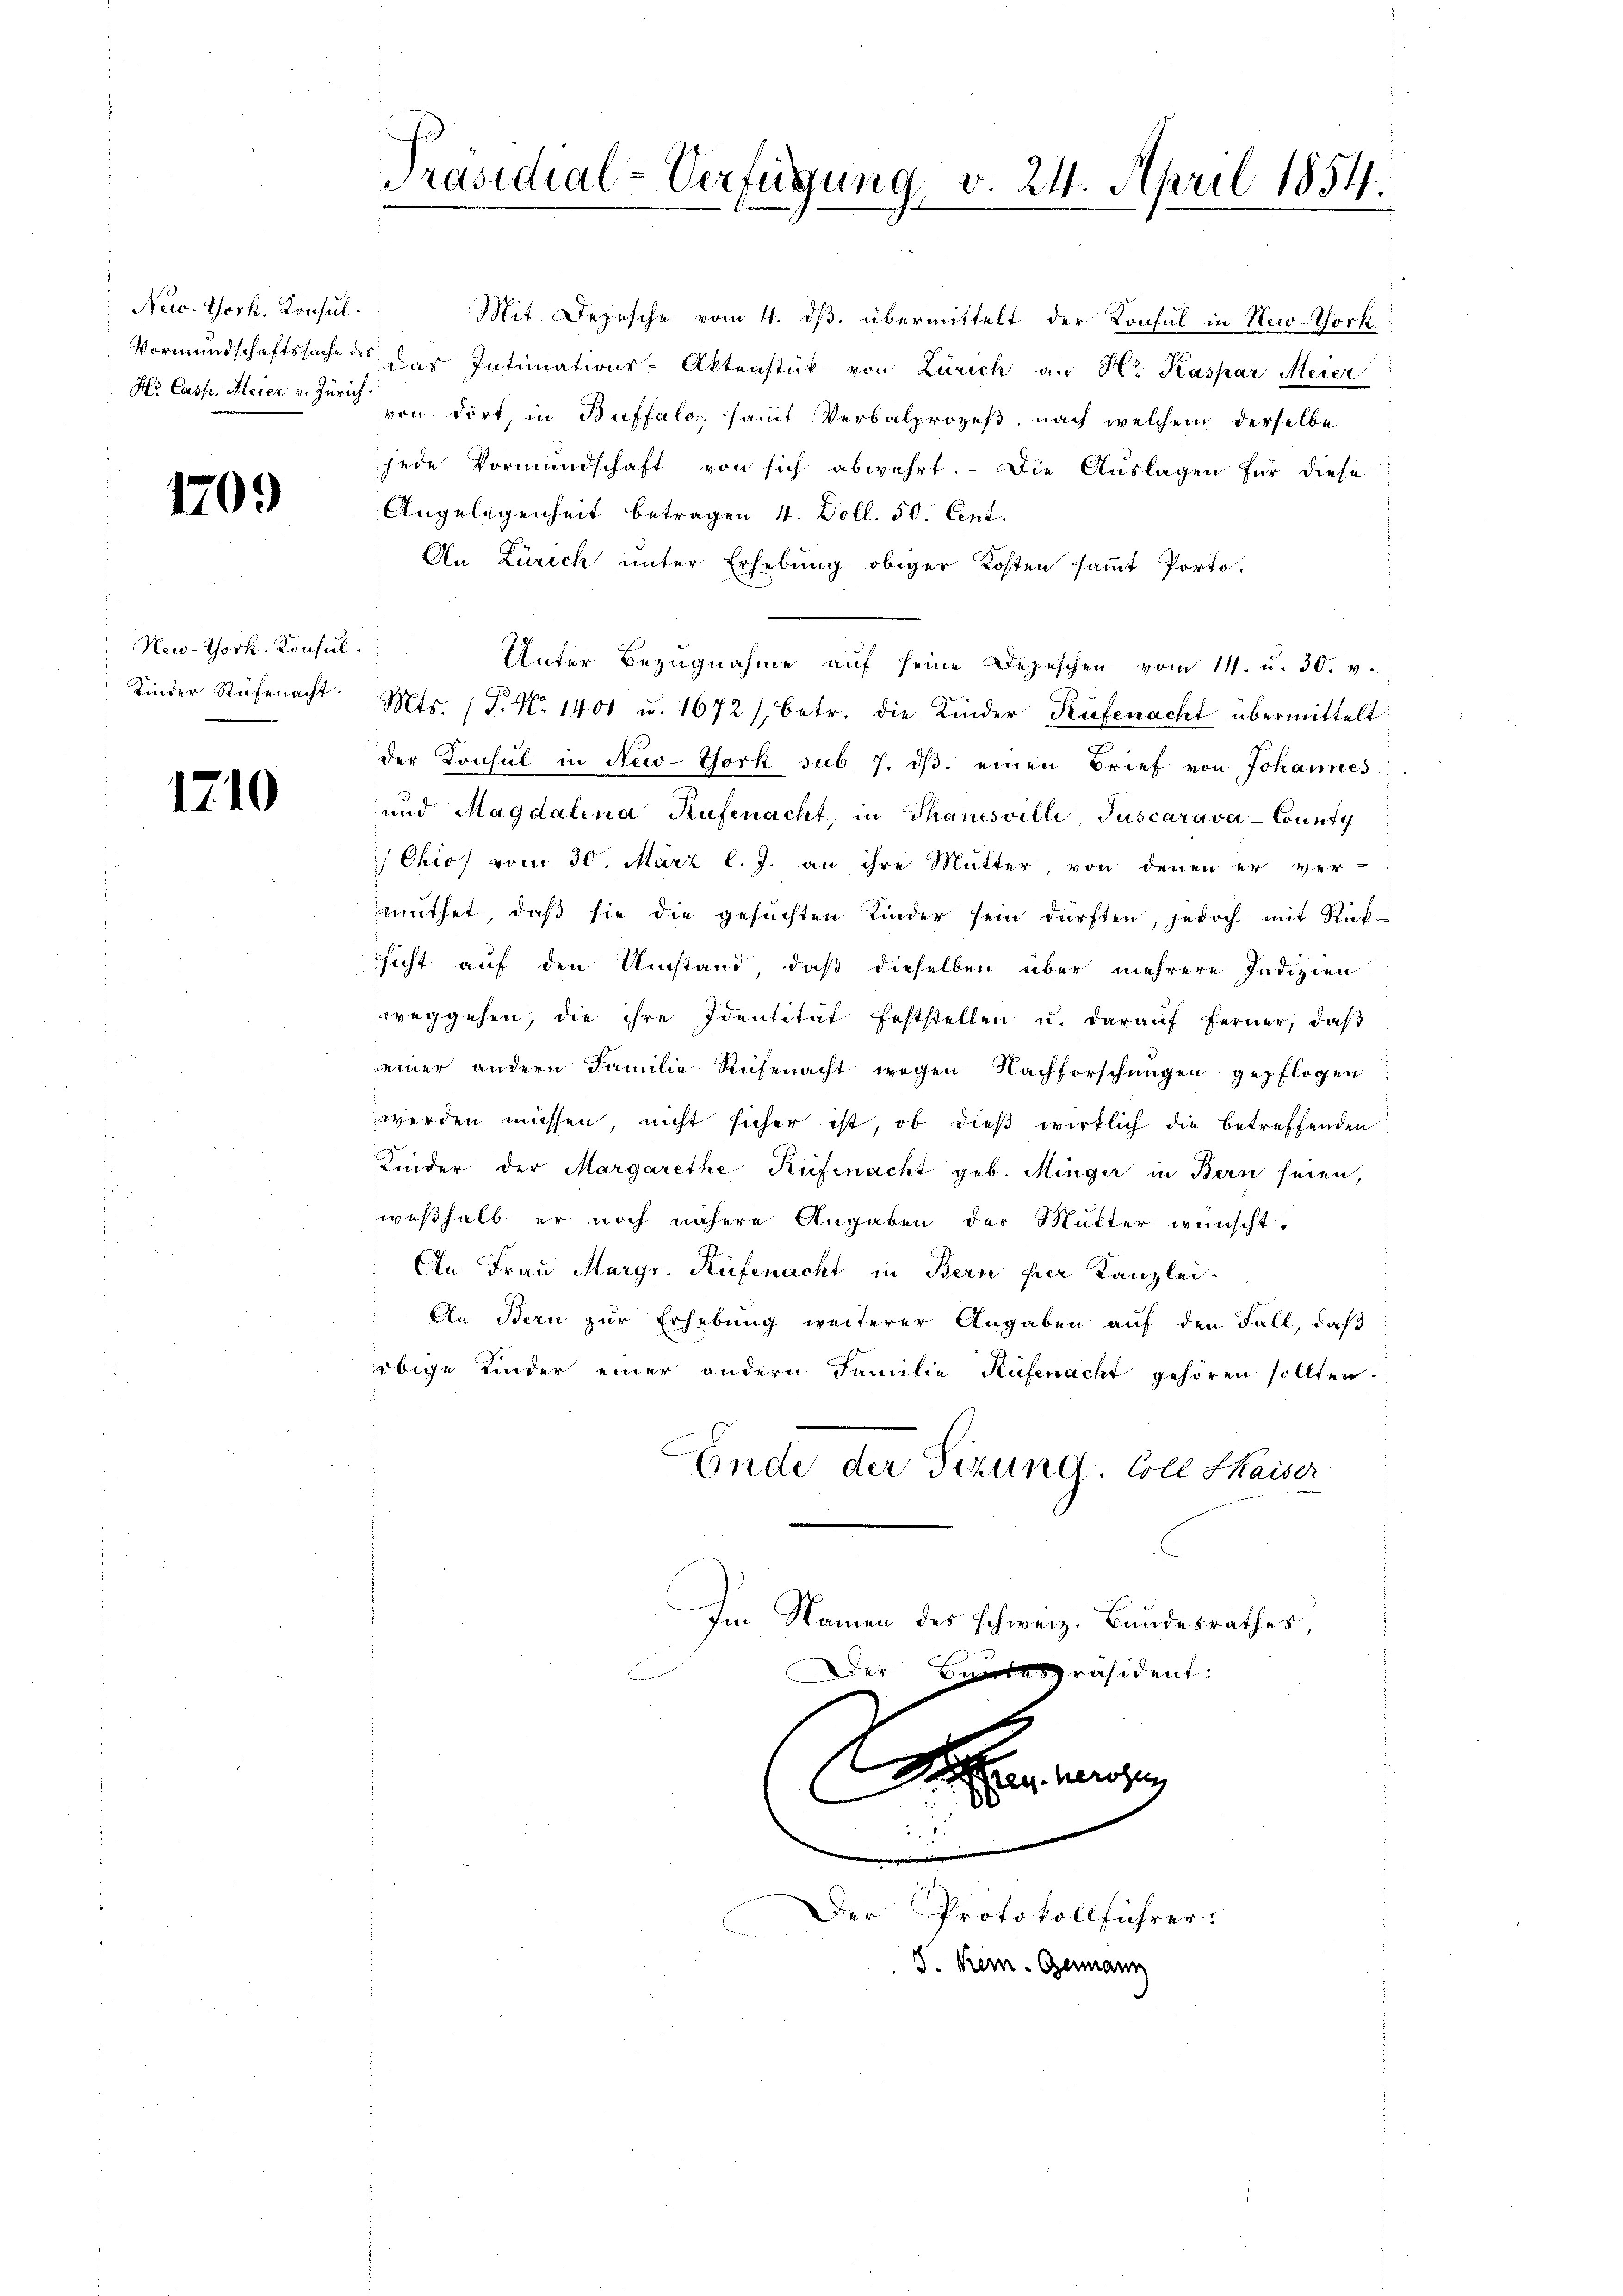
New-Thork. Konsul.

1709

New-York. Konsul
Kinder Rüfenacht.

1210

Präsidial-Verfügung, v. 24. April 1854.

Mit Depesche vom 4. ds. übermittelt der Konsul in New-York¬
Vormundschaftssache des der Intimations-Aktenstück von Zürich an Hr. Kaspar Meier
H. Casp. Meier v. Gerich von dort, in Buffalo, samt Verbalprozeß, nach welchem derselbe
jede Vormundschaft von sich abwehrt. Die Auslagen für diese
Angelegenheit betragen 4. Doll. 50. Cent.
An Zürich unter Erhebung obiger Kosten sammt Porto-
Unter Bezŭgnahme aŭf seine Depeschen vom 14. u. 30. v.
Mts. (T. No 1401 u. 1672 /, betr. die Kinder Rüfenacht übermittelt:
der Konsul in New-York sub 7. dβ. einen Brief von Johannes
und Magdalena Rüfenacht, in Thanesville Juscarava-County
Ohio vom 30. März l. J. an ihre Mutter, von denen er ver-
mŭthet, daβ sie die gesuchten Kinder sein dürften, jedoch mit Rücksicht auf den Umstand, daß dieselben über mehrere Indizien
weggehen, die ihre Identität feststellen u. darauf ferner, daß
einer andern Familie Rüfenacht wegen Nachforschungen gepflogen
werden müssen, nicht sicher ist, ob dieß wirklich die betreffenden
Kinder der Margarethe Rüfenacht geb. Minger in Bern seien,
weßhalb er noch nähere Angaben der Mutter wünscht.
An Frau Margr. Rüfenacht in Bern per Kanzlei-
An Bern zŭr Erhebŭng weiterer Angaben aŭf den Fall, daβ
obige Kinder einer andern Familie Rüfenacht gehören sollten.
Ende der Sizung. Coll Kaiser
Im Namen des schweiz. Bundesrathes,
Der Bundespräsident:
.
 rohen
............
Der Protokollführer.

J. Kein. Germann